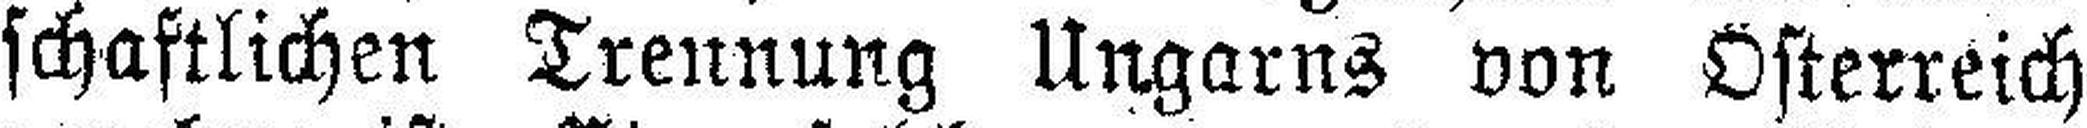
schaftlichen Trennung Ungarns von Österreich